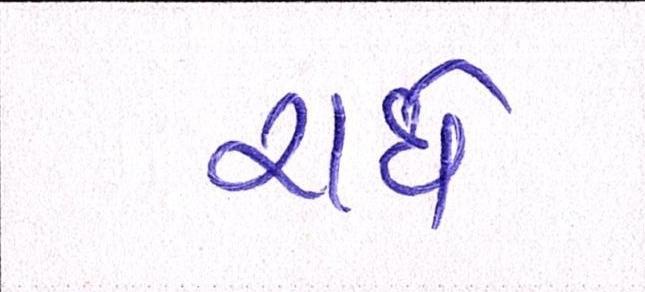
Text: રાધે